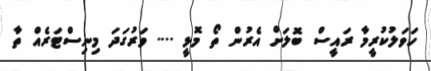
ހަވަލުކުރީމާ ރައީސް ބޮލަށް އެރުން ތޯ މޮޅީ .... ވަރުގަދަ މިނިސްޓަރެއް ތާ